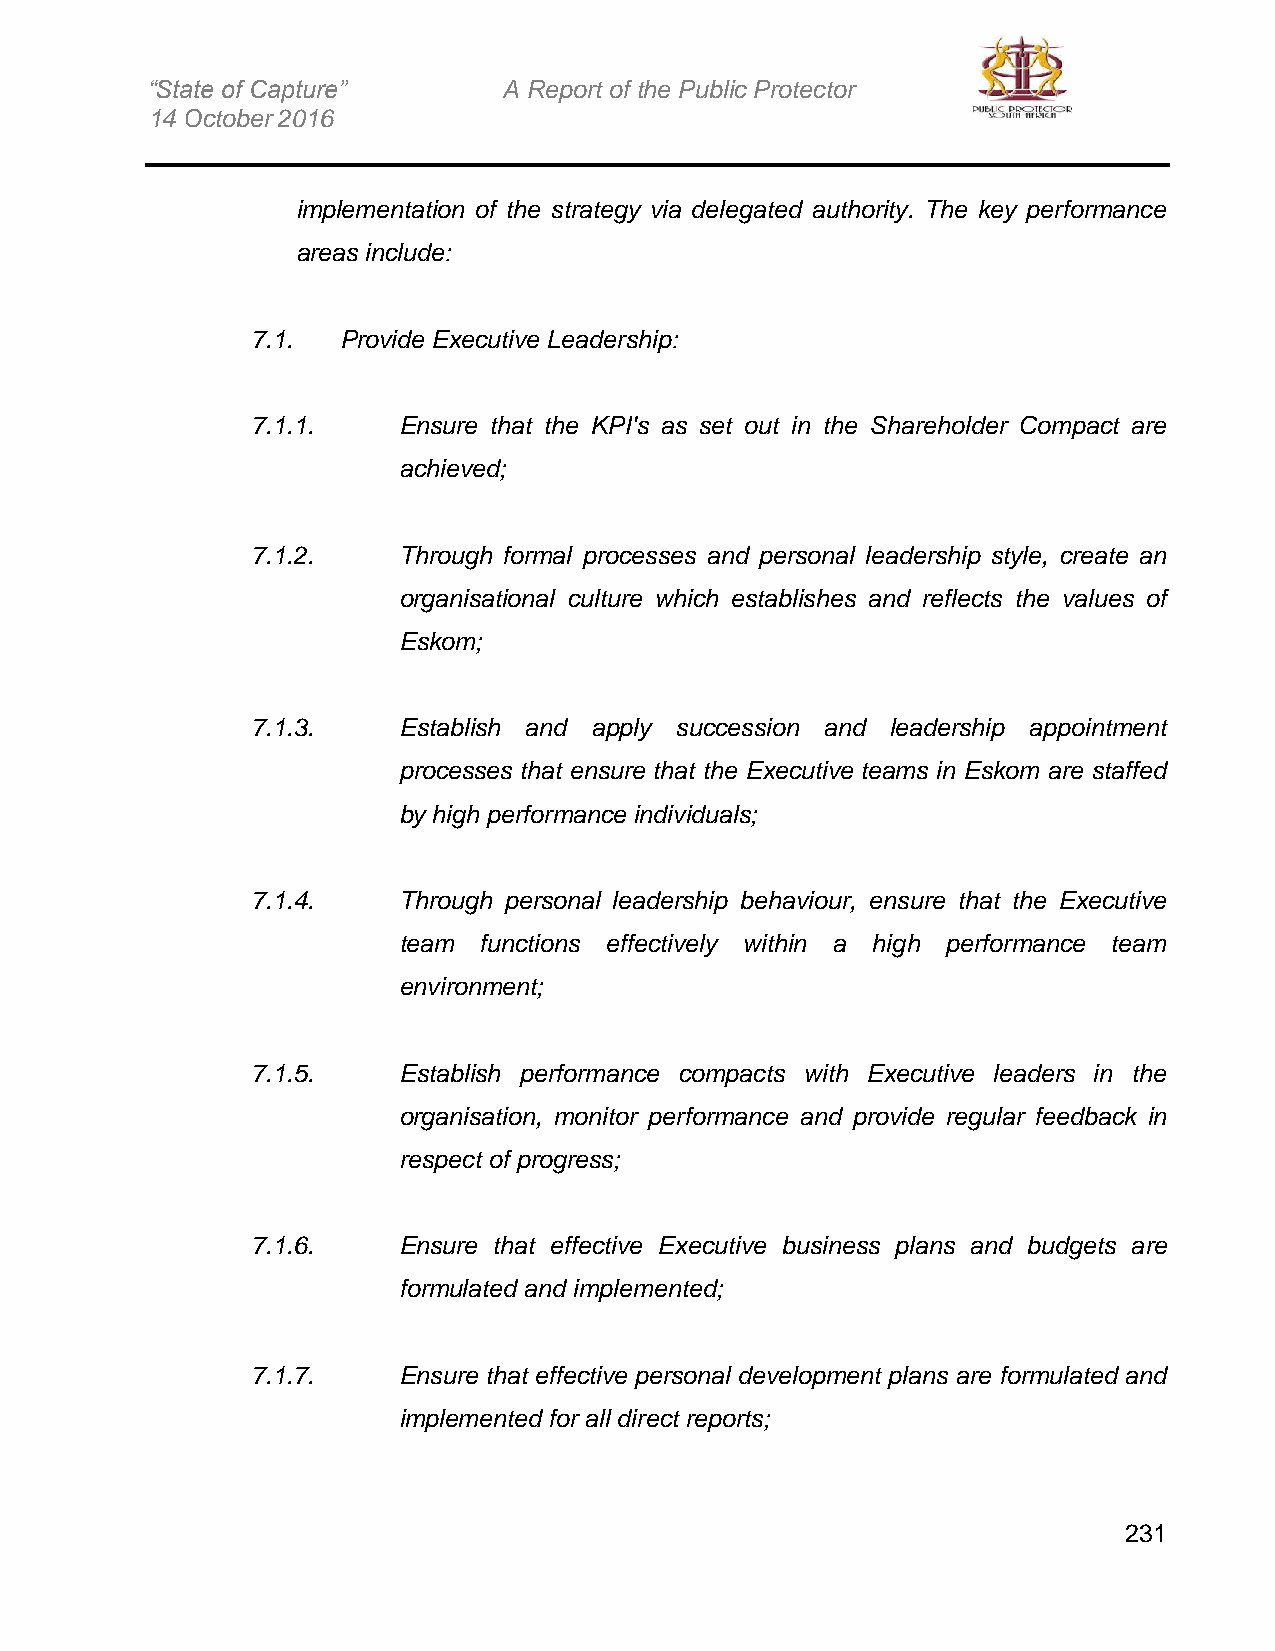
“State of Capture”     A Report of the Public Protector
 14 October 2016
 implementation of the strategy via delegated authority. The key performance
 areas include:
 7.1. Provide Executive Leadership:
 7.1.1.   Ensure that the KPI's as set out in the Shareholder Compact are
 achieved;
 7.1.2.   Through formal processes and personal leadership style, create an
 organisational culture which establishes and reflects the values of
 Eskom;
 7.1.3.   Establish and apply succession and leadership appointment
 processes that ensure that the Executive teams in Eskom are staffed
 by high performance individuals;
 7.1.4.   Through personal leadership behaviour, ensure that the Executive
 team  functions effectively within a high performance team
 environment;
 7.1.5.   Establish performance compacts with Executive leaders in the
 organisation, monitor performance and provide regular feedback in
 respect of progress;
 7.1.6.   Ensure that effective Executive business plans and budgets are
 formulated and implemented;
 7.1.7.   Ensure that effective personal development plans are formulated and
 implemented for all direct reports;
 231